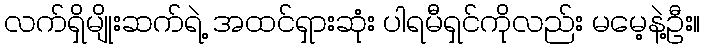
လက်ရှိမျိုးဆက်ရဲ့ အထင်ရှားဆုံး ပါရမီရှင်ကိုလည်း မမေ့နဲ့ဦး။